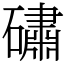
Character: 䃤